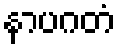
နာပဂတံ